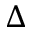
\Delta